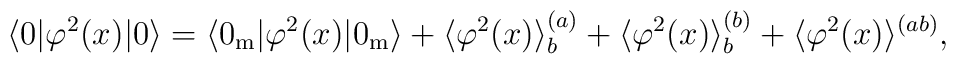
\langle 0|\varphi ^{2}(x)|0\rangle =\langle0_{{\mathrm{m}}}|\varphi ^{2}(x)|0_{{\mathrm{m}}}\rangle +\langle\varphi ^{2}(x)\rangle _b^{(a)} + \langle \varphi ^{2}(x)\rangle_b^{(b)}+\langle \varphi ^{2}(x)\rangle ^{(ab)},